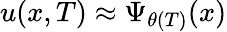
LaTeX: u(x,T)\approx\Psi_{\theta(T)}(x)